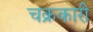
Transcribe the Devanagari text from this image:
चक्रकारी